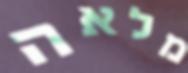
מלאה